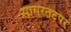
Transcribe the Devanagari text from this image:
सागरतटपर